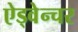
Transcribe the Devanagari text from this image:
ऐड्वेन्चर